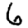
Digit: 6